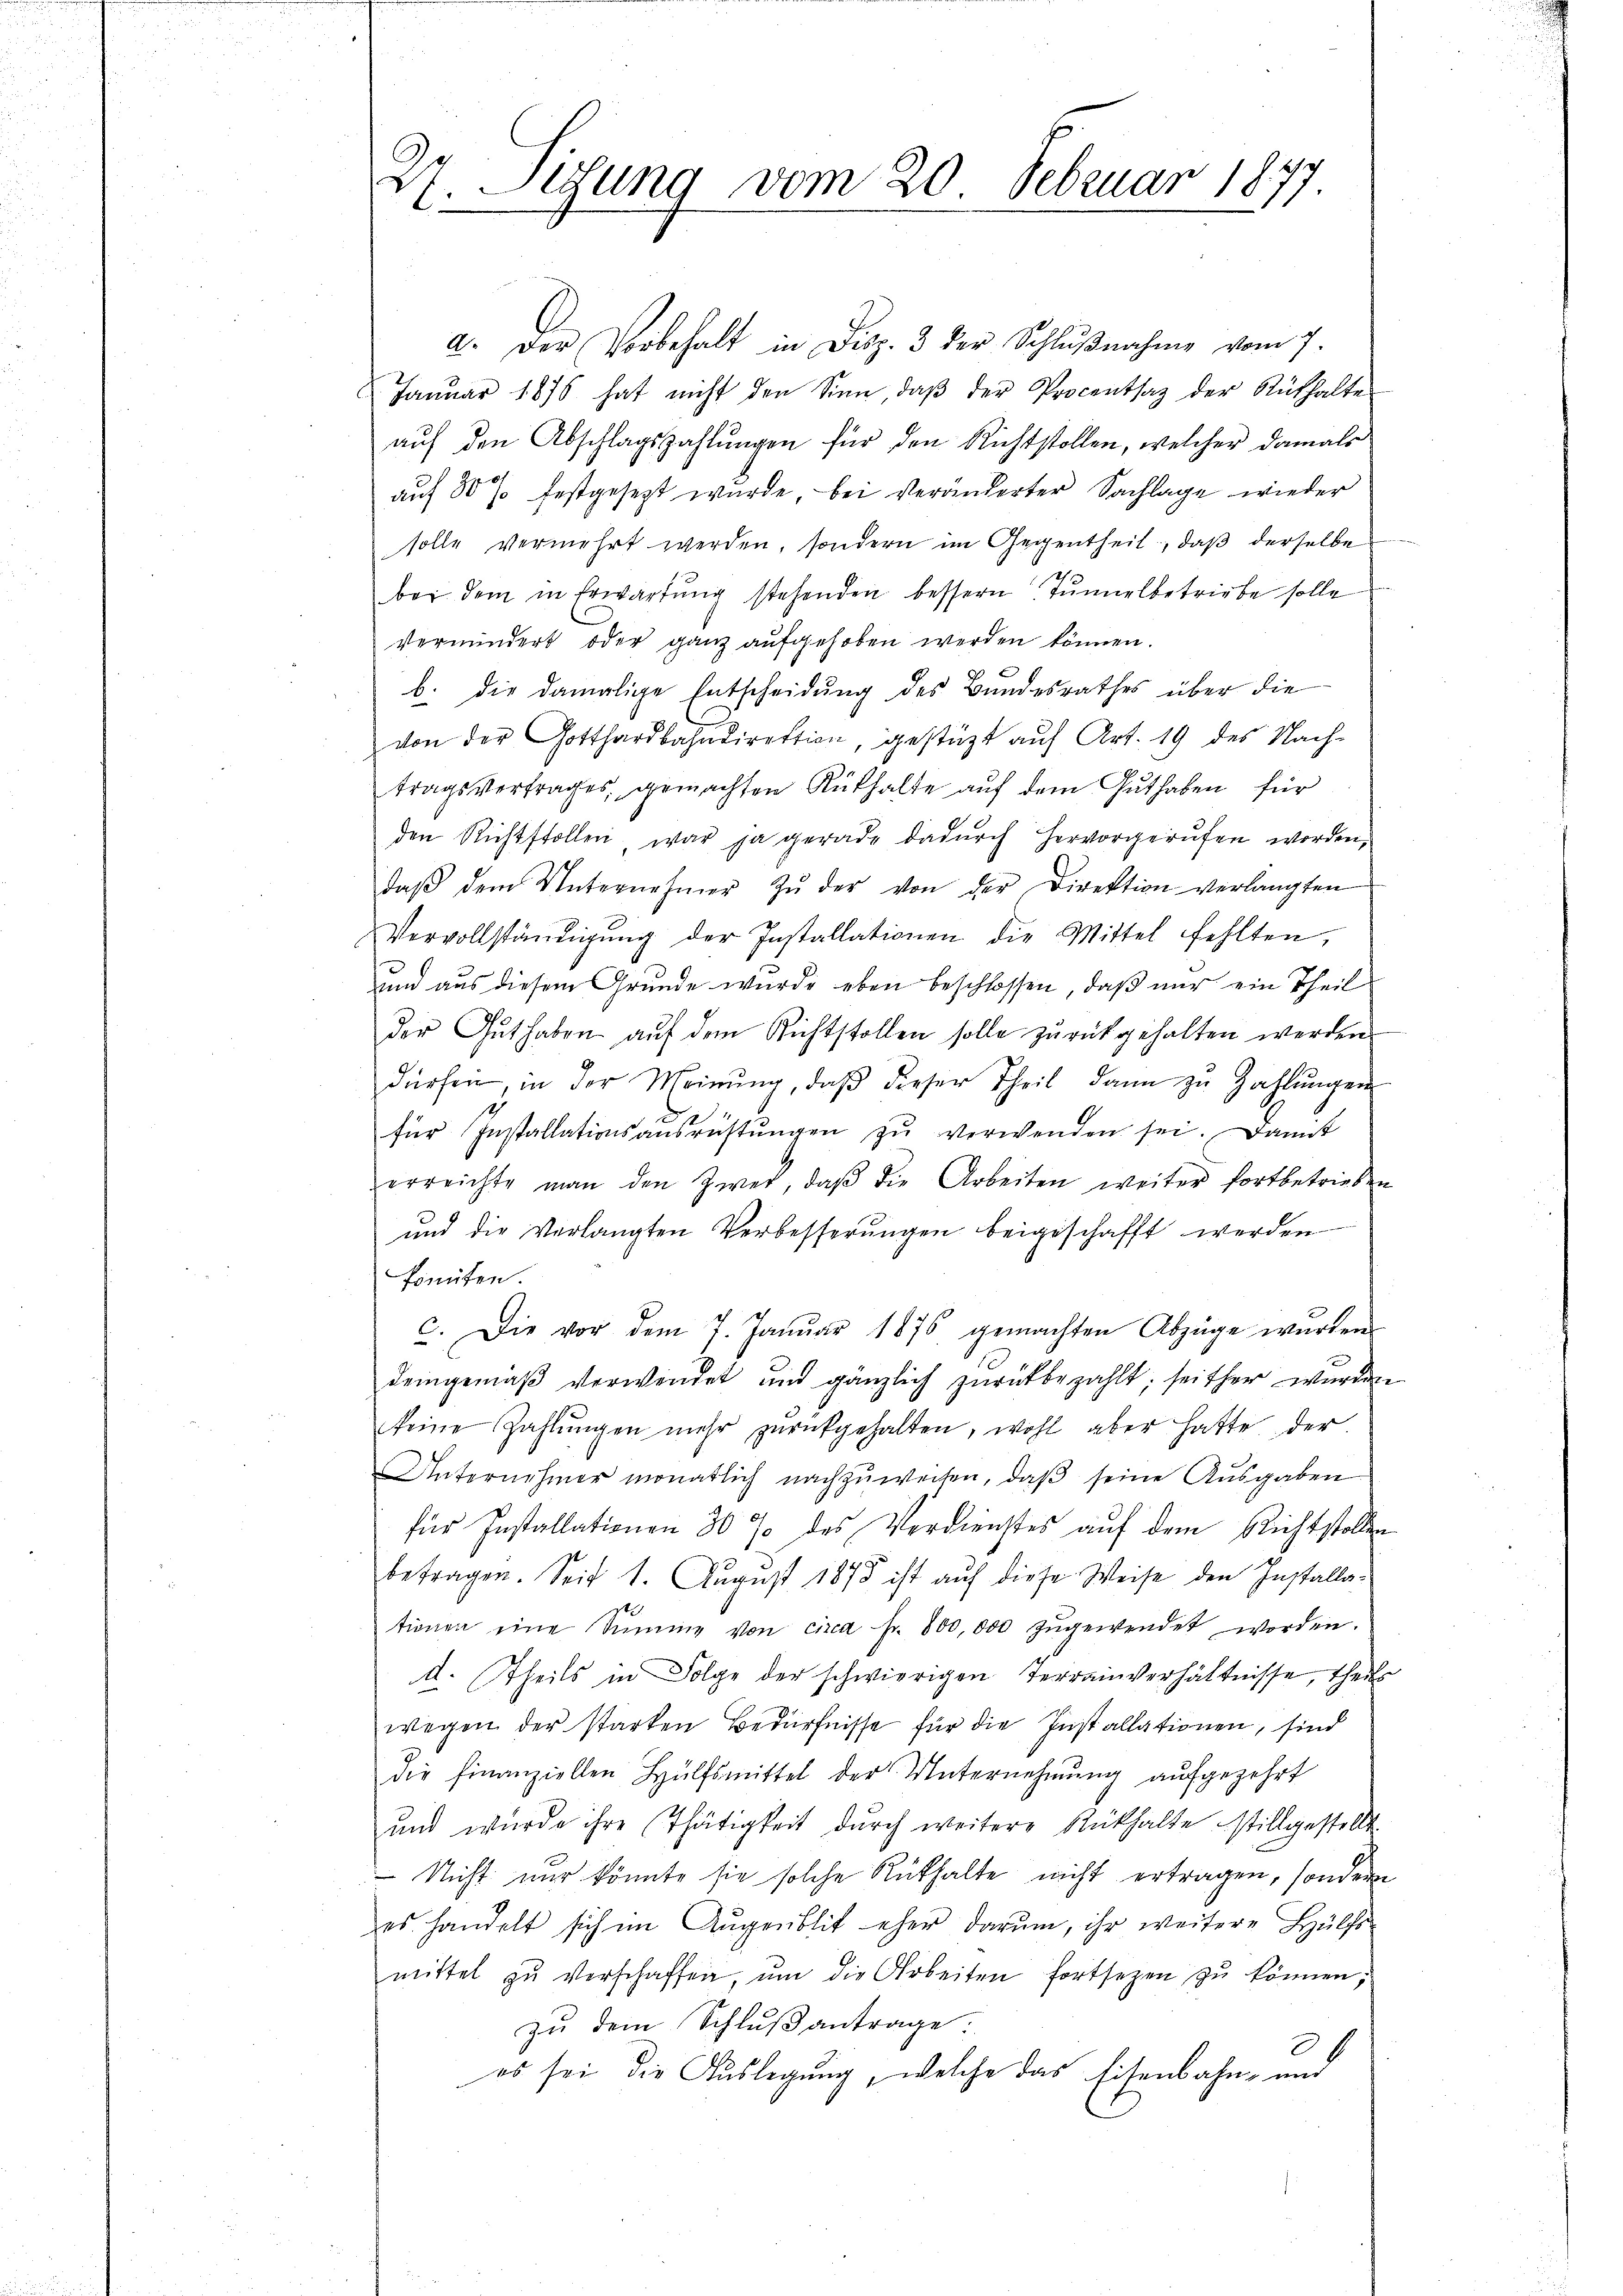
27. Sedung vom 20. Februar 1877

a. Der Vorbehalt in Disp. 3 der Schlŭβnahme vom 7.
Januar 1875 hat nicht den Sinn, daβ der Procentsaz der Rükhalte
auf den Abschlagszahlungen für den Richtstollen, welcher damals
auf 80% festgesezt wurde, bei Veränderter Sachlage wieder
solle vermehrt werden, sondern im Gegentheil, daβ derselbe
bei dem in Erwartŭng stehenden bessern Tunnel betriebe solle
vermindert oder ganz aufgehoben werden können.
b. die damalige Entscheidung des Bundesrathes über die
von der Gotthardbahndirektion, gestützt auf Art. 19 des Nach-
tragsvertrages, gemachten Rükhalte aŭf dem Guthaben für
den Richtstollen, war ja gerade dadŭrch hervorgerufen worden,
daβ dem Unternehmer zŭ der von der Direktion verlangten
Vervollständigŭng der Installationen die Mittel fehlten,
und aus diesem Grunde wurde eben beschlossen, daß nur ein Theil
der Guthaben auf dem Richtstollen solle zurückgehalten werden
dürfen, in der Meinŭng, daβ dieser Theil dann zu Zahlŭngen
für Installationsansrüstŭngen zŭ verwenden sei. Damit
erreichte man den Zwer, daβ die Arbeiten weiter fortbetrieben
und die Verlangten Verbesserŭngen beigeschafft werden
konnten.
c. Die vor dem 7. Janŭar 1876 gemachten Abzüge warten
demgemäß verwendet und gänzlich zurückbezahlt; seither wurden
keine Zahlŭngen mehr zŭrückgehalten, wohl aber hatte der
Unternehmer monatlich nachzŭweisen, daβ seine Aŭsgaben
für Installationen 30 % des Verdienstes auf dem Richtstollen
betragen. Seit 1. August 1878 ist auf diese Weise den Installationen eine Summe von circa Fr. 800,000 zŭgewendet werden.
d. Theils in Folge der schwierigen Terrainverhältnisse, theils
wegen der starken Bedürfnisse für die Installationen, sind
die Finanziellen Hülfsmittel der Unternehmung aufgezehrt
und würde ihre Thätigkeit dŭrch weitere Rückhalte stillgestellt.
 Nicht nur könnte sie solche Rüthalte nicht ertragen, sondern
es handelt sich im Augenblit eher darŭm, ihr weitere Hülfs-
mittel zŭ verschaffen, ŭm die Arbeiten fortsetzen zŭ können;
zu dem Schlußantrage:
3
es sei die Auslegung, welche das Eisenbahn- und